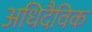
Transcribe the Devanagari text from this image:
अधिदैविक